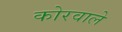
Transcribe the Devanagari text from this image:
कोरवाले